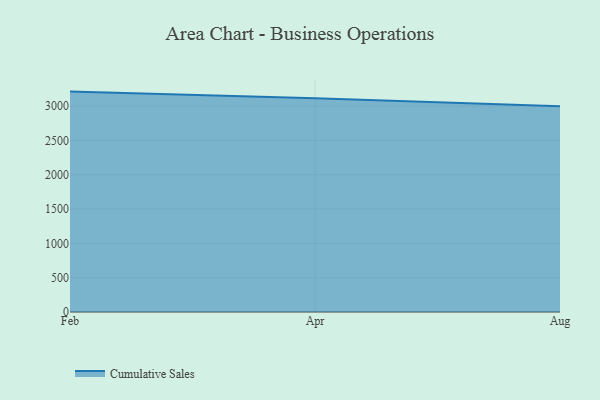
{"axis": {"x": "Month", "y": "Population (Million)"}, "legend": ["Cumulative Sales"], "data": [{"x": "Feb", "y": 3211.1, "type": "Cumulative Sales"}, {"x": "Apr", "y": 3114.2, "type": "Cumulative Sales"}, {"x": "Aug", "y": 2997.2, "type": "Cumulative Sales"}]}